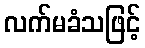
လက်မခံသဖြင့်